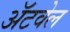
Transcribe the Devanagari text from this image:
अॅटवेल